Report of the Indian Hemp Drugs Commission, 1894-1895 - Volume I
Year: 1894
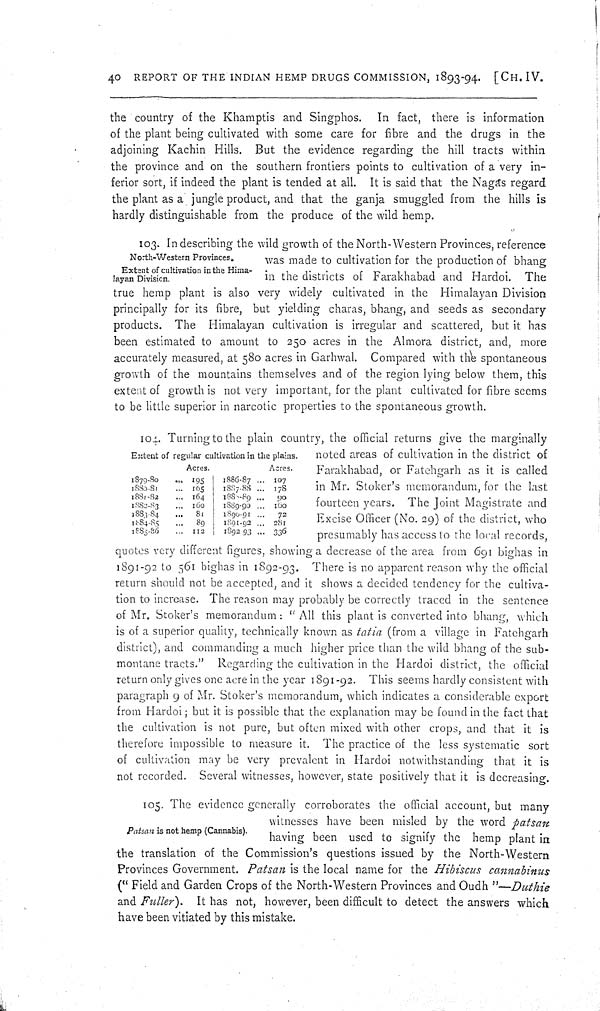
40 REPORT OF THE INDIAN HEMP DRUGS COMMISSION, 1893-94. [CH. IV.
the country of the Khamptis and Singphos. In fact, there is information
of the plant being cultivated with some care for fibre and the drugs in the
adjoining Kachin Hills. But the evidence regarding the hill tracts within
the province and on the southern frontiers points to cultivation of a very in-
ferior sort, if indeed the plant is tended at all. It is said that the Nagas regard
the plant as a jungle product, and that the ganja smuggled from the hills is
hardly distinguishable from the produce of the wild hemp.
North-Western Provinces.
Extent of cultivation in the Hima-
layan Division.
103. In describing the wild growth of the North-Western Provinces, reference
was made to cultivation for the production of bhang
in the districts of Farakhabad and Hardoi. The
true hemp plant is also very widely cultivated in the Himalayan Division
principally for its fibre, but yielding charas, bhang, and seeds as secondary
products. The Himalayan cultivation is irregular and scattered, but it has
been estimated to amount to 250 acres in the Almora district, and, more
accurately measured, at 580 acres in Garhwal. Compared with the spontaneous
growth of the mountains themselves and of the region lying below them, this
extent of growth is not very important, for the plant cultivated for fibre seems
to be little superior in narcotic properties to the spontaneous growth.
Extent of regular cultivation in the plains.
Acres.
Acres.
1879-80
195
1886-87
107
1880-81
165
1887-88
178
1881-82
164
1888-89
90
1882-83
160
1889-90
160
1883-84
81
1890-91
72
1884-85
89
1891-92
281
1885-86
112
1892-93
336
104. Turning to the plain country, the official returns give the marginally
noted areas of cultivation in the district of
Farakhabad, or Fatehgarh as it is called
in Mr. Stoker's memorandum, for the last
fourteen years. The Joint Magistrate and
Excise Officer (No. 29) of the district, who
presumably has access to the local records,
quotes very different figures, showing a decrease of the area from 691 bighas in
1891-92 to 561 bighas in 1892-93. There is no apparent reason why the official
return should not be accepted, and it shows a decided tendency for the cultiva-
tion to increase. The reason may probably be correctly traced in the sentence
of Mr. Stoker's memorandum: "All this plant is converted into bhang, which
is of a superior quality, technically known as tatia (from a village in Fatehgarh
district), and commanding a much higher price than the wild bhang of the sub-
montane tracts." Regarding the cultivation in the Hardoi district, the official
return only gives one acre in the year 1891-92. This seems hardly consistent with
paragraph 9 of Mr. Stoker's memorandum, which indicates a considerable export
from Hardoi; but it is possible that the explanation may be found in the fact that
the cultivation is not pure, but often mixed with other crops, and that it is
therefore impossible to measure it. The practice of the less systematic sort
of cultivation may be very prevalent in Hardoi notwithstanding that it is
not recorded. Several witnesses, however, state positively that it is decreasing.
Patsan is not hemp (Cannabis).
105. The evidence generally corroborates the official account, but many
witnesses have been misled by the word patsan
having been used to signify the hemp plant in
the translation of the Commission's questions issued by the North-Western
Provinces Government. Patsan is the local name for the Hibiscus
cannabinus
("Field and Garden Crops of the North-Western Provinces and Oudh"—Duthie
and Fuller).
It has not, however, been difficult to detect the answers which
have been vitiated by this mistake.